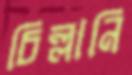
চিল্লানি